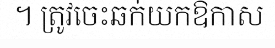
។ ត្រូវចេះឆក់យកឱកាស